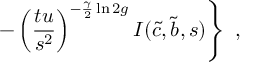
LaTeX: \left. \hfill - \left( \frac { t u } { s ^ { 2 } } \right) ^ { - \frac { \gamma } { 2 } \ln 2 g } I ( \tilde { c } , \tilde { b } , s ) \right\} \hfill ~ ,